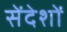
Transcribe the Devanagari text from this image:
सेंदेशों